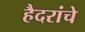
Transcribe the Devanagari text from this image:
हैदरांचे